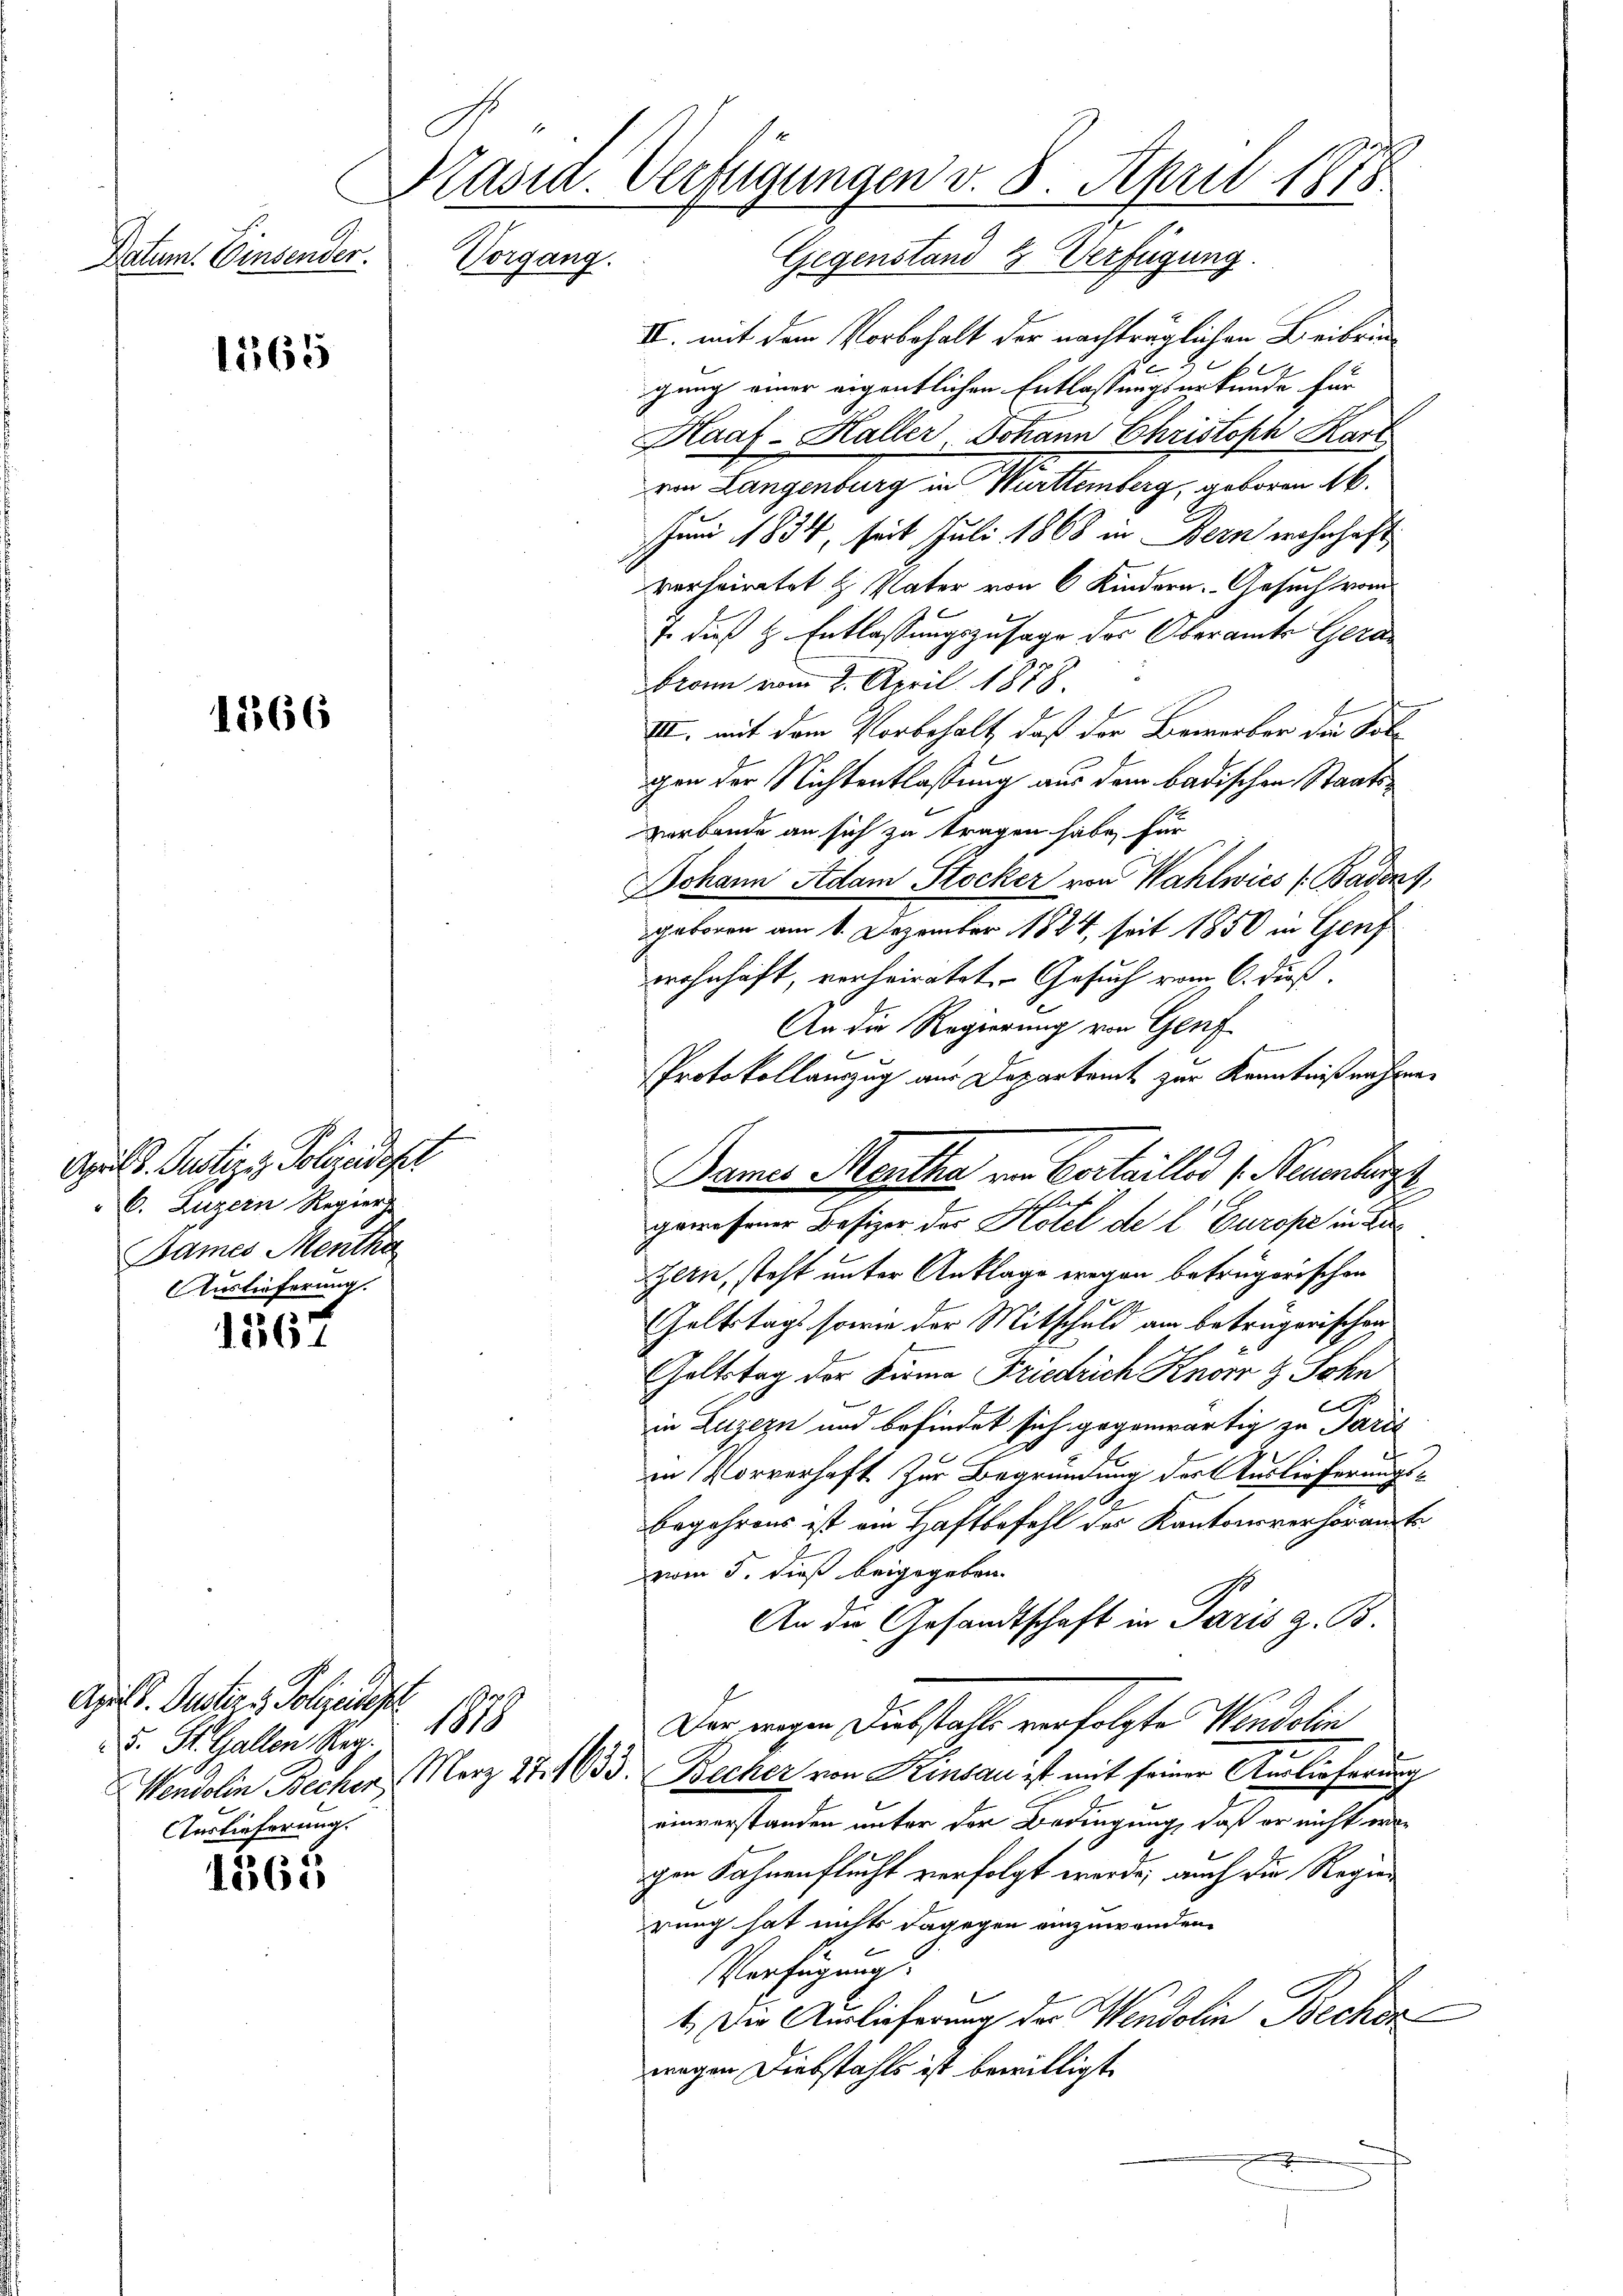
Datum. Einsender.

1565

1266

April d. Justiz in Polizeideser
6. Luzern Regier
Bames Mentha
Auslieferung.

1567

1565

Krasia. Verfügungen v. 8. April 1878
Vorgang.
Gegenstand 7 Verfügung.

II. mit dem Vorbehalt der nachträglichen Beibrin
Berner
gung einer eigentlichen Entlassungsurkunde für
Haal-Haller Johann Christoph Karl
der Langenburg in Württemberg, gebenen 16.
Juni 1834, seit Juli 1868 in Bern wohnhaft
verheiratet H. Vater von 6 Kindern. Gesuch vom
J. dies H. Entlassungszusage des Oberamte Gera
bronn vom 2. April 1878
III. mit dem Vorbehalt, daß der Bewerber die Solgen der Nichtentlassung aus dem badischen Staatsverbande an sich zu tragen habe, für
Johann Adam Stocker von Wahlwies (Badens,
geboren am 1. Dezember 1824, seit 1850 in Genf
wohnhaft, verheiratet. Gesuch vom 6. dieß.
An die Regierung von Genf

Protokollauszug aus Departamt zur Kenntnißnahme
gewesener Besizer der Hotel de l. Europe in de
Illie, steht unter Anklage wegen betrügerischen
19
Geltstags sowie der Mitschuld am betrügerischen
Goltstag der Firma Friedrich Knörr & Sohn
in Luzern und befindet sich gegenwärtig zu Paris
in Vorverhaft zur Begründung der Auslieferungs-
Begehrens ist am Haftbefehl des Kantonsverhöramt
vom 5. dieß beigegeben.
An die Gesandtschaft in Paris z. B.
d
Der wegen Diebstahls verfolgte Wondolin
1
März 27.1633. Becher von Rinsau ist mit seiner Auslieferung
einverstanden unter der Bedingung, daß er nicht werchen Fahnenflecht verfolgt werde; auch die Regier
rung hat nichts dagegen einzuwenden.
Verfügung
1. Der Auslieferung der Wendolin Becher
wegen Diebstahls ist bewilligt.

Ah. G. Justies, Polizeidire
. St. Gallen Sieg
Wendolin Becher
Auslieferung.

Dame Mentha von Certailles (Neuenhangs